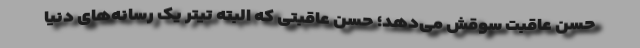
حسن عاقبت سوقش می‌دهد؛ حُسن عاقبتی که البته تیتر یک رسانه‌های دنیا